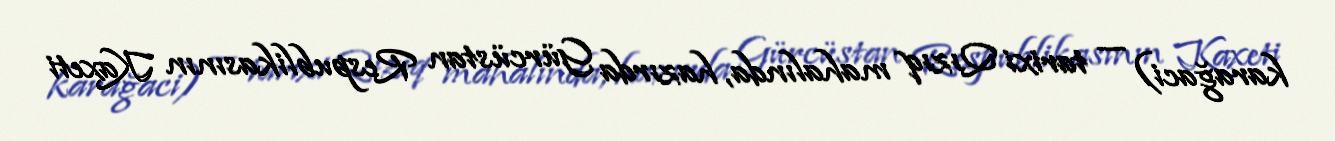
karağaci) — tarixi Qızıq mahalında, hazırda Gürcüstan Respublikasının Kaxeti